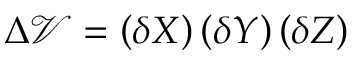
\Delta \mathcal { V } = \left( \delta X \right) \left( \delta Y \right) \left( \delta Z \right)